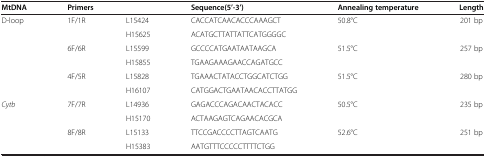
| MtDNA | <COLSPAN=2> Primers | Sequence(5’-3’) | Annealing temperature | Length |
 | --- | --- | --- | --- | --- | --- |
 | <ROWSPAN=6> D-loop | <ROWSPAN=2> 1F/1R | L15424 | CACCATCAACACCCAAAGCT | <ROWSPAN=2> 50.8°C | <ROWSPAN=2> 201 bp |
 | H15625 | ACATGCTTATTATTCATGGGGC |
 | <ROWSPAN=2> 6F/6R | L15599 | GCCCCATGAATAATAAGCA | <ROWSPAN=2> 51.5°C | <ROWSPAN=2> 257 bp |
 | H15855 | TGAAGAAAGAACCAGATGCC |
 | <ROWSPAN=2> 4F/5R | L15828 | TGAAACTATACCTGGCATCTGG | <ROWSPAN=2> 51.5°C | <ROWSPAN=2> 280 bp |
 | H16107 | CATGGACTGAATAACACCTTATGG |
 | <ROWSPAN=4> Cytb | <ROWSPAN=2> 7F/7R | L14936 | GAGACCCAGACAACTACACC | <ROWSPAN=2> 50.5°C | <ROWSPAN=2> 235 bp |
 | H15170 | ACTAAGAGTCAGAACACGCA |
 | <ROWSPAN=2> 8F/8R | L15133 | TTCCGACCCCTTAGTCAATG | <ROWSPAN=2> 52.6°C | <ROWSPAN=2> 251 bp |
 | H15383 | AATGTTTCCCCCTTTTCTGG |